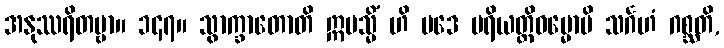
အနုဿရိတဗ္ဗာ။ ၁၄၇။ သွာက္ခာတောတိ ဣမသ္မိံ ဟိ ပဒေ ပရိယတ္တိဓမ္မောပိ သင်္ဂဟံ ဂစ္ဆတိ,